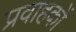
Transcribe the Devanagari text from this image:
प्रवाहकों